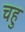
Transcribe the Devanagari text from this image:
चहु